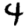
Digit: 4